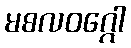
မစလဝဂ္ဂေါ